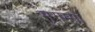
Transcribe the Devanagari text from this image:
मुगम्मा